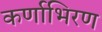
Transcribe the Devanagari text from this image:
कर्णाभिरण